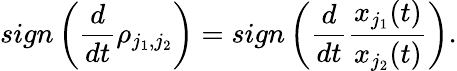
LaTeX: sign\left(\frac{d}{dt}\rho_{j_{1},j_{2}}\right)=sign\left(\frac{d}{dt}\frac{x_{j_{1}}(t)}{x_{j_{2}}(t)}\right).